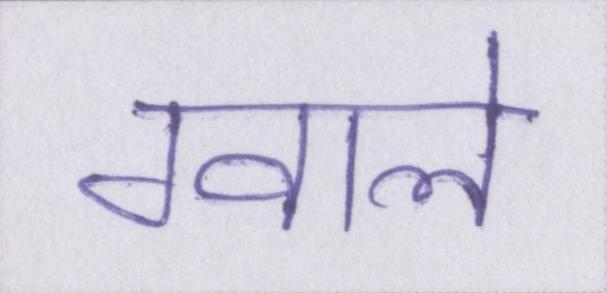
ग्वाले